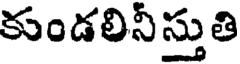
కుండలినీస్తుతి